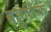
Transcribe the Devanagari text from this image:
बहुतिक